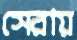
সেরায়